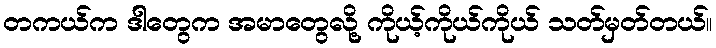
တကယ်က ဒါတွေက အမာတွေလို့ ကိုယ့်ကိုယ်ကိုယ် သတ်မှတ်တယ်။